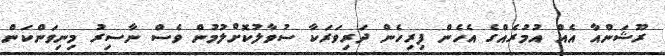
ރޫޝަންއާ އެއް އުމުރެއްގެ އެހެން ފިރިހެން ދަރިވަރަކާ ސުވާލުކޮށްލުމުން ވެސް ނާސިރު މިނިވަންކަން